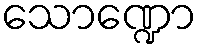
သောဏ္ဍော